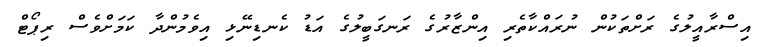
އިސްރާއީލުގެ ރަށްތަކުން ނުރައްކާތެރި އިންޒާރުގެ ރަނގަބީލުގެ އަޑު ކެނޑިނޭޅި އިވެމުންދާ ކަމަށްވެސް ރިޕޯޓް